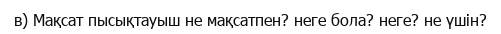
в) Мақсат пысықтауыш не мақсатпен? неге бола? неге? не үшін?